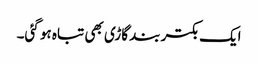
ایک بکتر بند گاڑی بھی تباہ ہو گئی۔